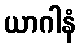
ယာဂါနံ